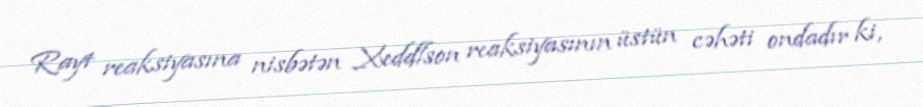
Rayt reaksiyasına nisbətən Xeddlson reaksiyasının üstün cəhəti ondadır ki,